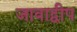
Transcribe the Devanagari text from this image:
जावाद्वीप